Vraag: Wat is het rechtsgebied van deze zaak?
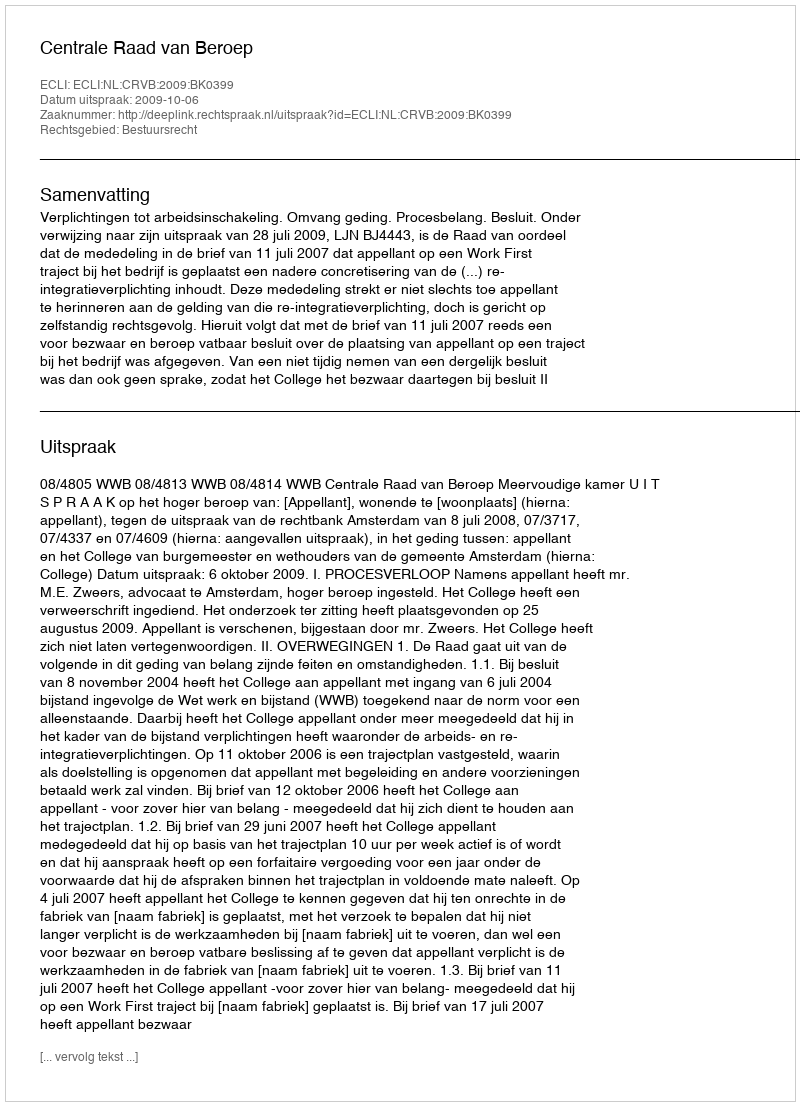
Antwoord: Bestuursrecht